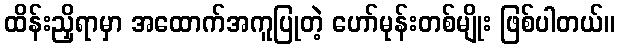
ထိန်းညှိရာမှာ အထောက်အကူပြုတဲ့ ဟော်မုန်းတစ်မျိုး ဖြစ်ပါတယ်။